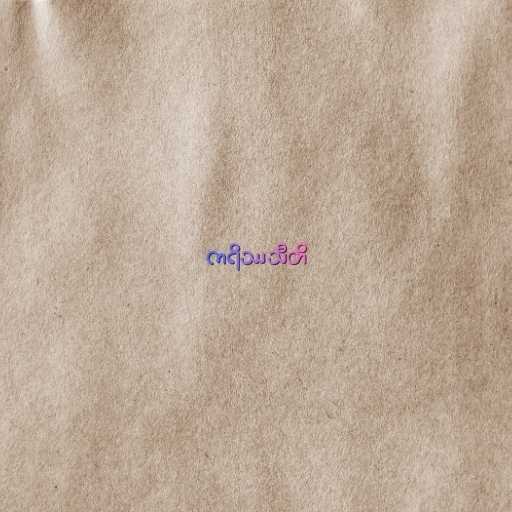
ကရိဿသီတိ